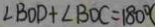
\angle B O D + \angle B D C = 1 8 0 ^ { \circ }